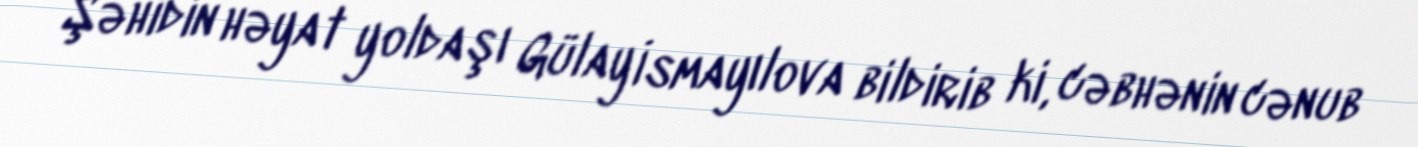
Şəhidin həyat yoldaşı Gülay İsmayılova bildirib ki, cəbhənin cənub